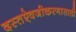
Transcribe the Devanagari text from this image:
दस्तऐवजीकरणासाठी